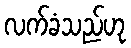
လက်ခံသည်ဟု